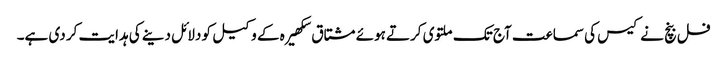
فل بنچ نے کیس کی سماعت آج تک ملتوی کرتے ہوئے مشتاق سکھیرہ کے وکیل کو دلائل دینے کی ہدایت کر دی ہے۔